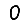
Digit: 0